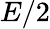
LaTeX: E/2